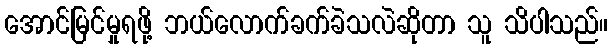
အောင်မြင်မှုရဖို့ ဘယ်လောက်ခက်ခဲသလဲဆိုတာ သူ သိပါသည်။